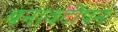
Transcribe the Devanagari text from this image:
बनावटीपन